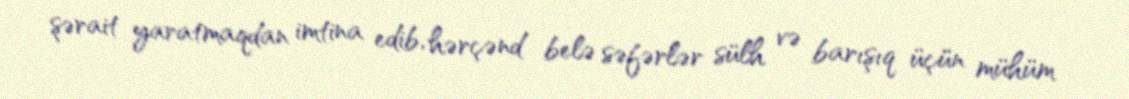
şərait yaratmaqdan imtina edib, hərçənd belə səfərlər sülh və barışıq üçün mühüm